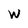
Character: W